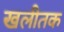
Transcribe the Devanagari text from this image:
खलीतक